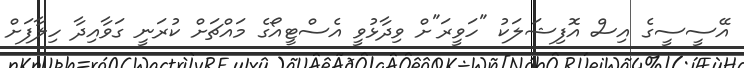
އޭސީސީގެ އިސް އޮފިޝަލަކު "ހަވީރަ"ށް ވިދާޅުވީ އެސްޓީއޯގެ މައްޗަށް ކުރަނީ ގަވާއިދާ ހިލާފަށް